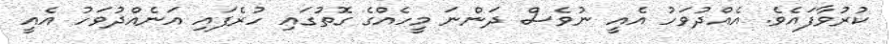
ކުރުވާފައެވެ. އެއްދުވަހު އެއީ ނުވެސް ދަންނަ މީހެއްގެ ގޮތުގައި ހުރެފައި އަނެއްދުވަހު އެއީ